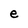
Character: e